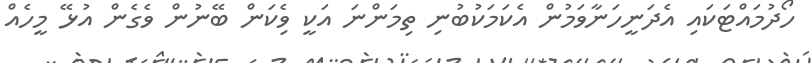
ހޯދުމައްޓަކައި އެދަނީހަނާވަމުން އެކަމަކުބުނި ތިމަންނަ އަކީ ވެެިކަން ބޭނުން ވެގެން އުޅޭ މީހެއް